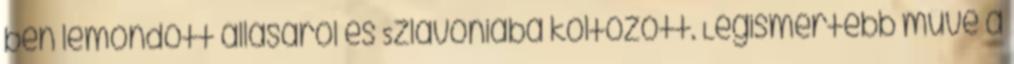
ben lemondott állásáról és Szlavóniába költözött. Legismertebb műve a